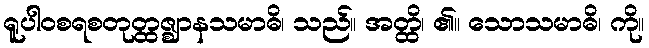
ရူပါဝစရစတုတ္ထဇ္ဈာနသမာဓိ၊ သည်။ အတ္ထိ၊ ၏။ သောသမာဓိ၊ ကို။